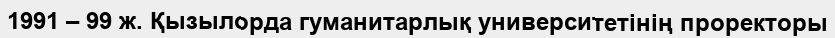
1991 – 99 ж. Қызылорда гуманитарлық университетінің проректоры